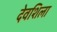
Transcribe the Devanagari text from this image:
देवशिला